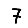
Digit: 7